Civil Veterinary Department. Madras. Admin. report 1926-33 - 1926-1933
Year: 1926
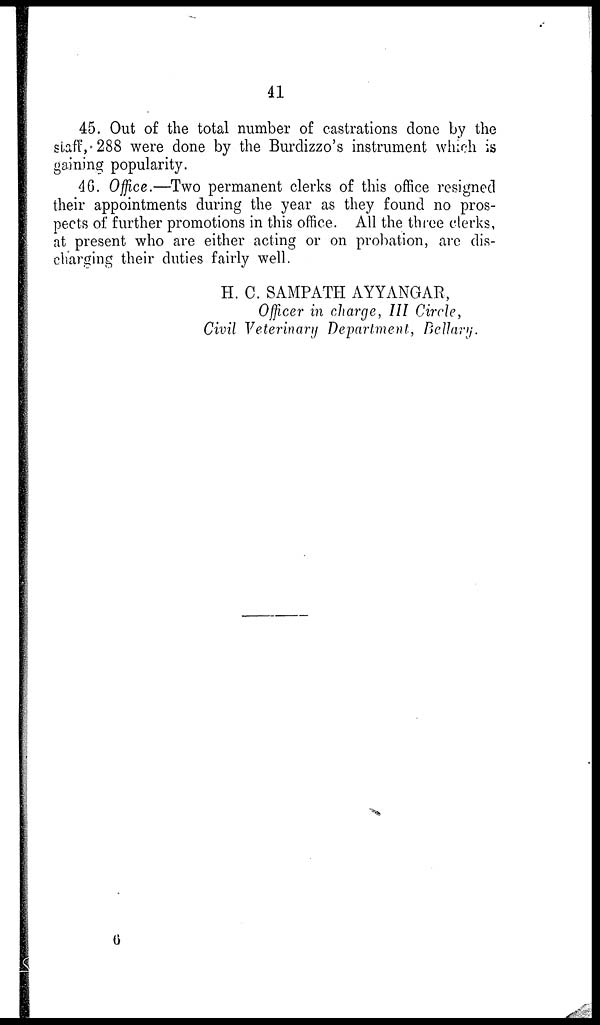
41
45. Out of the total number of castrations done by the
staff, 288 were done by the Burdizzo's instrument which is
gaining popularity.
46. Office.—Two permanent clerks of this office resigned
their appointments during the year as they found no pros-
pects of further promotions in this office. All the three clerks,
at present who are either acting or on probation, are dis-
charging their duties fairly well.
H. C. SAMPATH AYYANGAR,
Officer in charge, III Circle,
Civil Veterinary Department, Bellary.
6